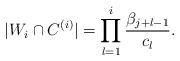
LaTeX: \begin{align*} |W_i \cap C^{(i)}| = \prod_{l=1}^{i} \frac{\beta_{j+l-1}}{c_{l}}.\end{align*}